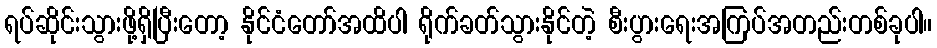
ရပ်ဆိုင်းသွားဖို့ရှိပြီးတော့ နိုင်ငံတော်အထိပါ ရိုက်ခတ်သွားနိုင်တဲ့ စီးပွားရေးအကြပ်အတည်းတစ်ခုပါ။